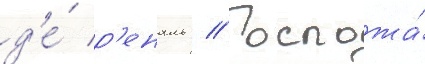
д'е́ р'еналь // Госпожа́